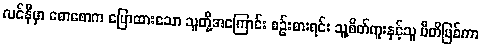
လင်နီမှာ စောစောက ပြောထားသော သူတို့အကြောင်း စဉ်းစားရင်း သူ့စိတ်ကူးနှင့်သူ ပီတိဖြစ်ကာ